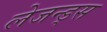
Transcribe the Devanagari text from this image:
लेजन्ड्स